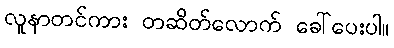
လူနာတင်ကား တဆိတ်လောက် ခေါ်ပေးပါ။